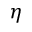
\eta